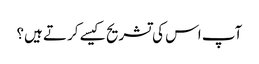
آپ اس کی تشریح کیسے کرتے ہیں؟